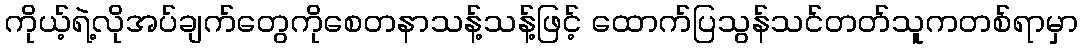
ကိုယ့်ရဲ့လိုအပ်ချက်တွေကိုစေတနာသန့်သန့်ဖြင့် ထောက်ပြသွန်သင်တတ်သူကတစ်ရာမှာ